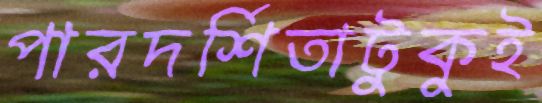
পারদর্শিতাটুকুই